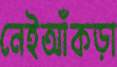
নেইআঁকড়া